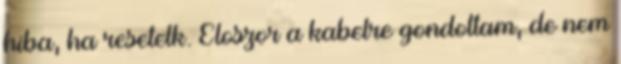
hiba, ha resetelk. Eloszor a kabelre gondoltam, de nem